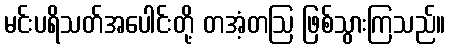
မင်းပရိသတ်အပေါင်းတို့ တအံ့တဩ ဖြစ်သွားကြသည်။